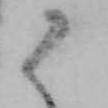
御